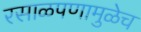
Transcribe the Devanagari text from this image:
रसाळपणामुळेच